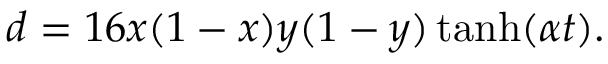
d = 1 6 x ( 1 - x ) y ( 1 - y ) \operatorname { t a n h } ( \alpha t ) .